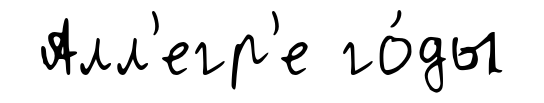
Алл'егр'е го́ды